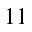
1 1